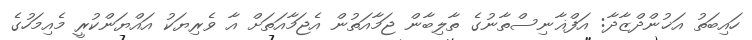
ހައިބަތު އަޚުންދްޒާދާ: އަފްޣާނިސްތާނުގެ ތާލިބާން ޖަމާއަތުން އެޖަމާއަތަށް އާ ވެރިޔަކު އައްޔަންކުރީ މެއިމަހުގެ